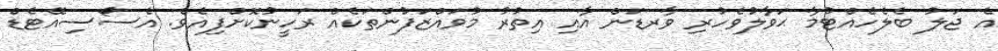
އެ ޖަލު ބެލެހެއްޓުމާ ޙަވާލުވެހުރި ވާރޑަން އާއި އިތުރު މުވައްޒަފުންތަކެއް ރަހީނުކޮށްފިއެވެ. އެސޯސިއޭޓެޑް